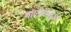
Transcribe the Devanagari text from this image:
वालीवस्तुओं